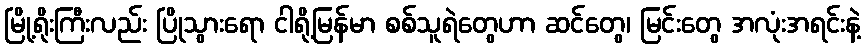
မြို့ရိုးကြီးလည်း ပြိုသွားရော ငါရို့မြန်မာ စစ်သူရဲတွေဟာ ဆင်တွေ၊ မြင်းတွေ အလုံးအရင်းနဲ့